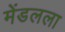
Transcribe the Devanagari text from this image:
मेंडलला